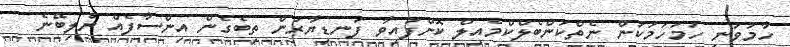
ހާމަވަނީ ހަމަހަމަކަން ނެތްކަންބެލްކްމެއިލް ކޮށްފައިވާ ފަނޑިޔާރުން ތިބެގެން އިންސާފެއް ނުލިބޭނެ